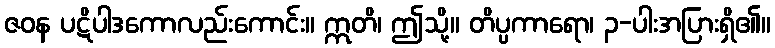
ဇဝန ပဋိပါဒကောလည်းကောင်း။ ဣတိ၊ ဤသို့။ တိပ္ပကာရော၊ ၃-ပါးအပြားရှိ၏။